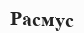
Расмус